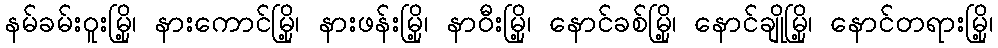
နမ်ခမ်းဝူးမြို့၊ နားကောင်မြို့၊ နားဖန်းမြို့၊ နာဝီးမြို့၊ နောင်ခစ်မြို့၊ နောင်ချိုမြို့၊ နောင်တရားမြို့၊